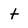
Character: t